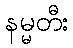
နမ္မတီး